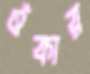
ওঁকার